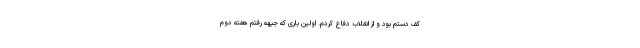
کف دستم بود و از انقلاب دفاع کردم. اولین باری که جبهه رفتم هفته دوم